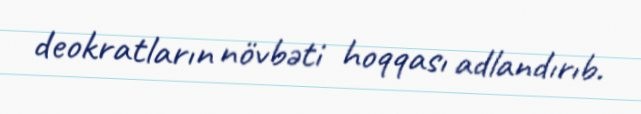
deokratların növbəti hoqqası adlandırıb.